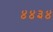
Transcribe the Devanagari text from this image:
४४३४